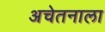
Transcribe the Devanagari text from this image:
अचेतनाला